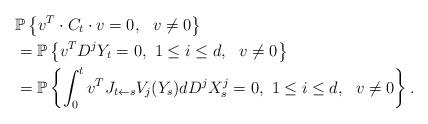
LaTeX: \begin{align*}&\mathbb{P}\left\{v^T\cdot C_t \cdot v=0,\ \ v\neq 0 \right\}\\&=\mathbb{P}\left\{v^TD^jY_t=0,\ 1\leq i\leq d,\ \ v\neq 0 \right\}\\&=\mathbb{P}\left\{\int_{0}^{t}v^TJ_{t\leftarrow s}V_j(Y_s)d D^jX^j_s=0,\ 1\leq i\leq d,\ \ v\neq 0 \right\}.\end{align*}